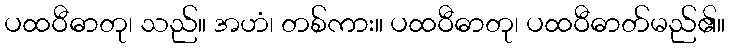
ပထဝီဓာတု၊ သည်။ အဟံ၊ တစ်ကား။ ပထဝီဓာတု၊ ပထဝီဓာတ်မည်၏။